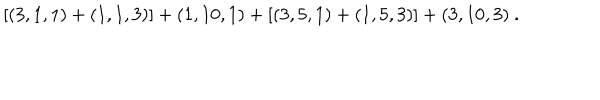
[ ( 3 , 1 , 1 ) + ( 1 , 1 , 3 ) ] + ( 1 , 1 0 , 1 ) + [ ( 3 , 5 , 1 ) + ( 1 , 5 , 3 ) ] + ( 3 , 1 0 , 3 ) \ .